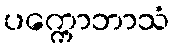
ပက္ကောဘာသံ